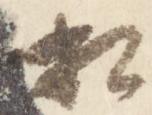
相